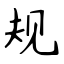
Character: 规